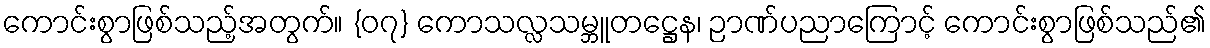
ကောင်းစွာဖြစ်သည့်အတွက်။ {၀၇} ကောသလ္လသမ္ဘူတဋ္ဌေန၊ ဉာဏ်ပညာကြောင့် ကောင်းစွာဖြစ်သည်၏